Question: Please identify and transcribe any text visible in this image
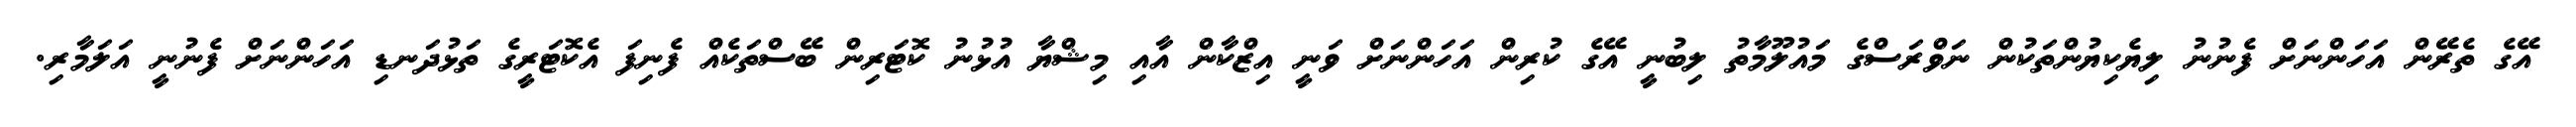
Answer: އޭގެ ތެރޭން އަހަންނަށް ފެނުނު ލިޔެކިޔުންތަކުން ނަވްރަސްގެ މައުލޫމާތު ލިބުނީ އޭގެ ކުރިން އަހަންނަށް ވަނީ އިޒްކާން އާއި މިޝްޔާ އުޅުނު ކޮޓަރިން ބޭސްތަކެއް ފެނިފަ އެކޮޓަރީގެ ތަޅުދަނޑި އަހަންނަށް ފެނުނީ އަލަމާރި.